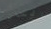
اثنان